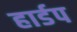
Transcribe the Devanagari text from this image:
हार्डप